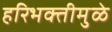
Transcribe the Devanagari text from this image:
हरिभक्तीमुळे